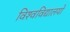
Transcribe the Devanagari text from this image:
विश्‍वविद्यालयों